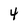
Character: 4